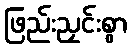
ဖြည်းညှင်းစွာ